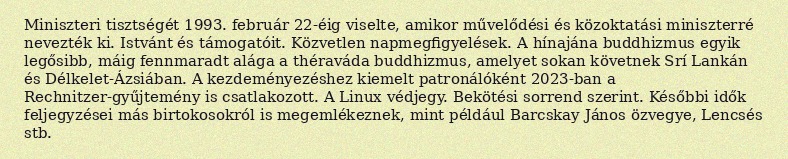
Miniszteri tisztségét 1993. február 22-éig viselte, amikor művelődési és közoktatási miniszterré nevezték ki. Istvánt és támogatóit. Közvetlen napmegfigyelések. A hínajána buddhizmus egyik legősibb, máig fennmaradt alága a théraváda buddhizmus, amelyet sokan követnek Srí Lankán és Délkelet-Ázsiában. A kezdeményezéshez kiemelt patronálóként 2023-ban a Rechnitzer-gyűjtemény is csatlakozott. A Linux védjegy. Bekötési sorrend szerint. Későbbi idők feljegyzései más birtokosokról is megemlékeznek, mint például Barcskay János özvegye, Lencsés stb.